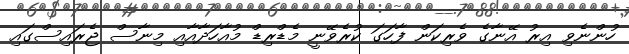
ހުންނެވި އިރު އޭނާގެ ވެރިކަން ފާހަގަ ކުރެވޭނީ މެޑްރިޑް މުއާހަދާއާއި މިނާސް ޖެރައިސްގައި